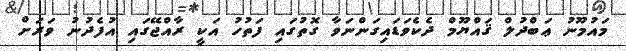
މައުމޫނު ޢަބްދުލް ޤައްޔޫމް ދެކެވަޑައިގަންނަވާ ގޮތުގައި ފަތުހު އަކީ ރާއްޖޭގައި އުފެދުނު ވަރަށް